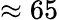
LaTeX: \approx 65